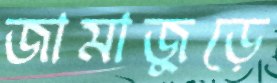
জামাজুড়ে